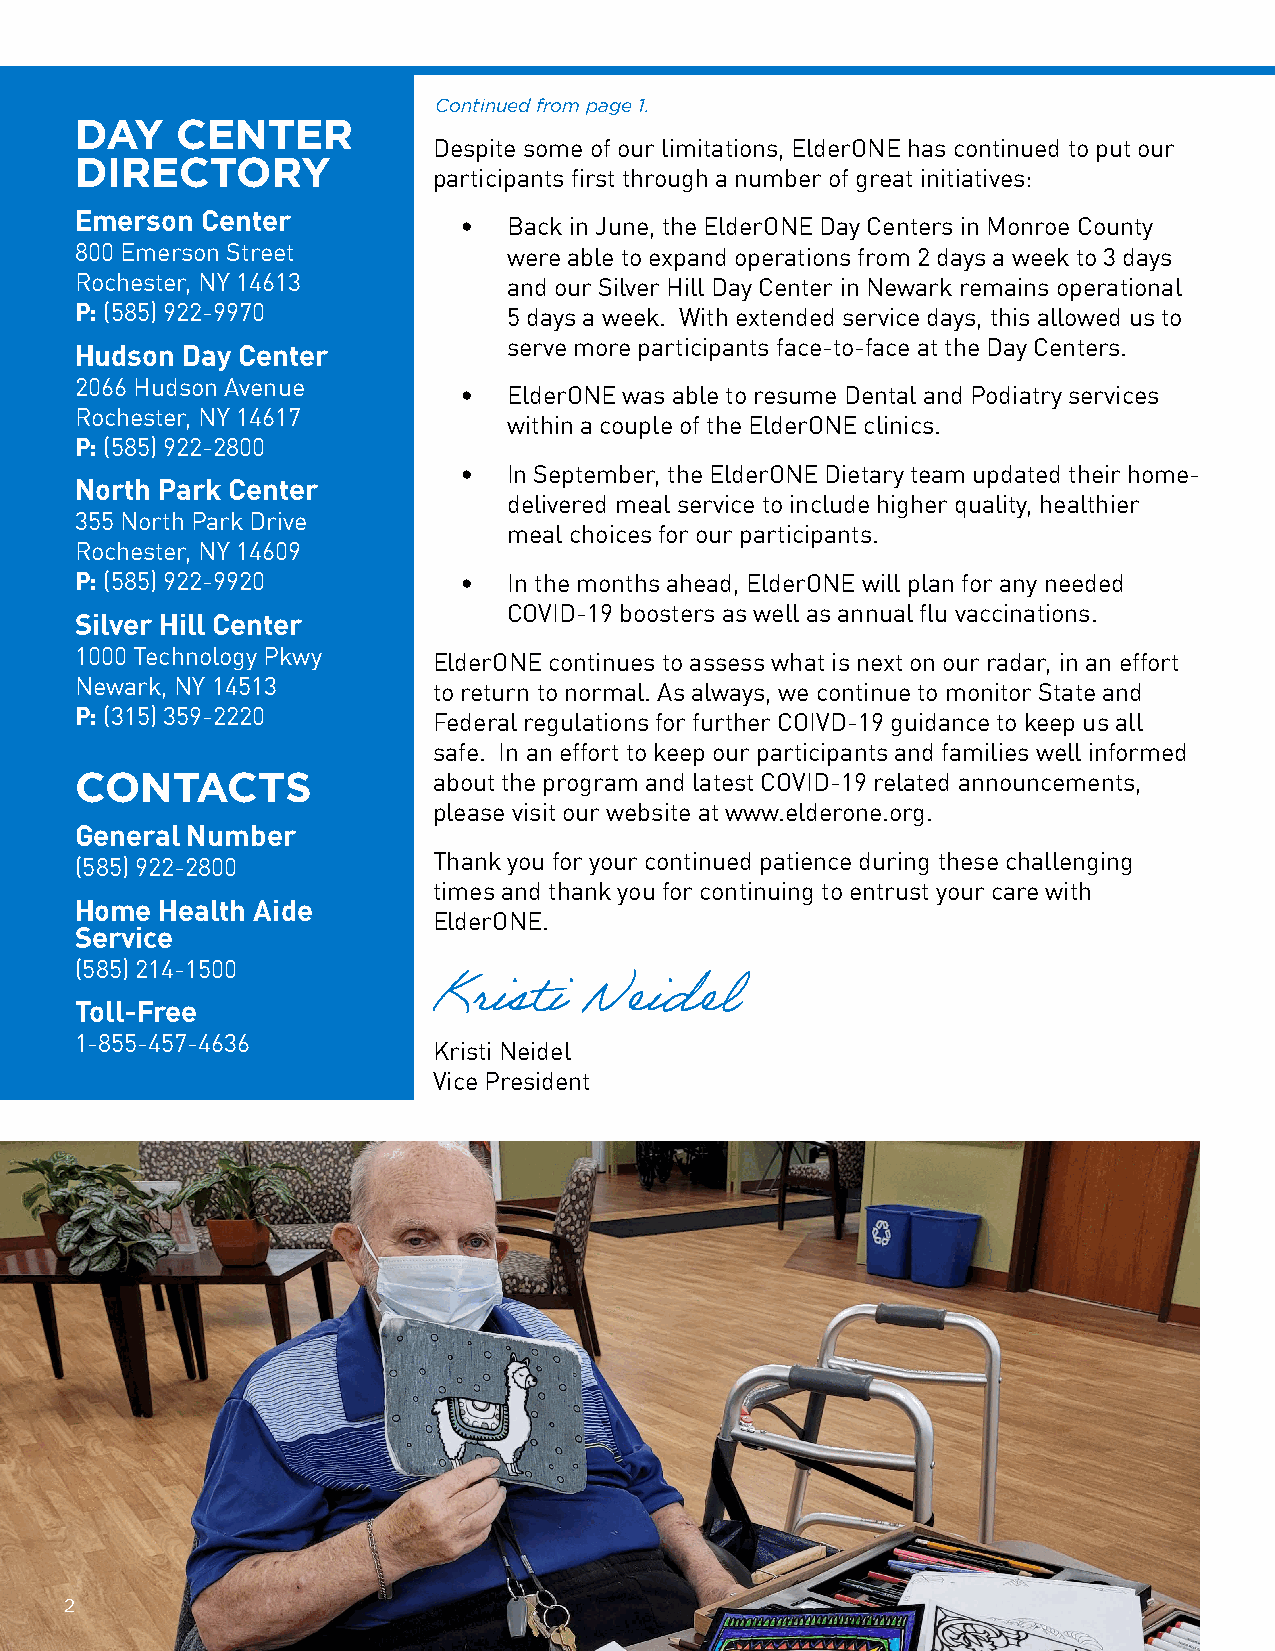
Continued from page 1.
 DAY    CENTER
 Despite some of our limitations, ElderONE has continued to put our
 DIRECTORY
 participants first through a number of great initiatives:
 Emerson Center
 •   Back in June, the ElderONE Day Centers in Monroe County
 800 Emerson Street           were able to expand operations from 2 days a week to 3 days
 Rochester, NY 14613          and our Silver Hill Day Center in Newark remains operational
 P: (585) 922-9970            5 days a week. With extended service days, this allowed us to
 serve more participants face-to-face at the Day Centers.
 Hudson Day Center
 2066 Hudson Avenue
 •   ElderONE was able to resume Dental and Podiatry services
 Rochester, NY 14617
 within a couple of the ElderONE clinics.
 P: (585) 922-2800
 •   In September, the ElderONE Dietary team updated their home-
 North Park Center
 delivered meal service to include higher quality, healthier
 355 North Park Drive
 meal choices for our participants.
 Rochester, NY 14609
 P: (585) 922-9920        •   In the months ahead, ElderONE will plan for any needed
 COVID-19 boosters as well as annual flu vaccinations.
 Silver Hill Center
 1000 Technology Pkwy    ElderONE continues to assess what is next on our radar, in an effort
 Newark, NY 14513        to return to normal. As always, we continue to monitor State and
 P: (315) 359-2220       Federal regulations for further COIVD-19 guidance to keep us all
 safe. In an effort to keep our participants and families well informed
 CONTACTS                about the program and latest COVID-19 related announcements,
 please visit our website at www.elderone.org.
 General Number
 Thank you for your continued patience during these challenging
 (585) 922-2800
 times and thank you for continuing to entrust your care with
 Home  Health Aide
 ElderONE.
 Service
 (585) 214-1500
 Toll-Free
 Kristi    Neidel
 1-855-457-4636
 Kristi Neidel
 Vice President
 2